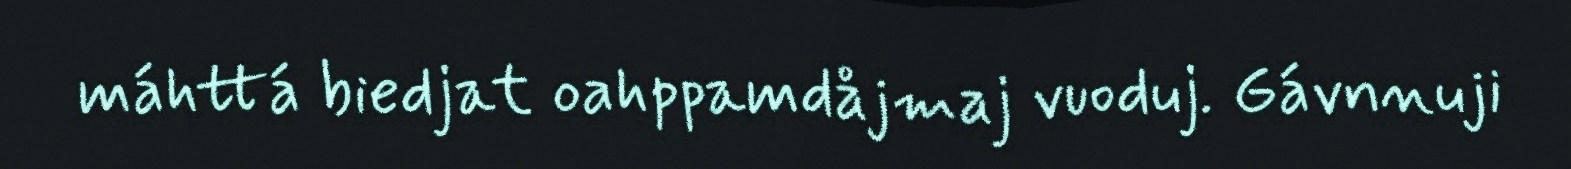
máhttá biedjat oahppamdåjmaj vuoduj. Gávnnuji